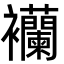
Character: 襽